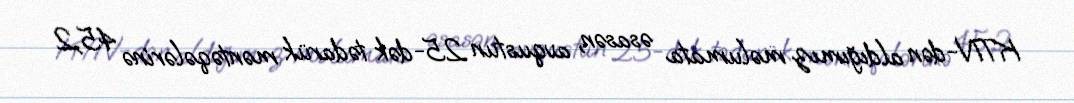
KTN-dən aldığımız məlumata əsasən, avqustun 25-dək tədarük məntəqələrinə 45,2